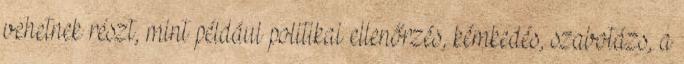
vehetnek részt, mint például politikai ellenőrzés, kémkedés, szabotázs, a